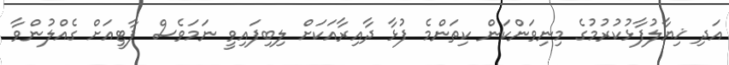
އަދި ޚިޔާލުފާޅުކުރުމުގެ މިނިވަންކަން ކިތަންމެ ފުޅާ ދާއިރާއަކަށް ލިބިފައިވީ ނަމަވެސް ޕާޓީއަށް ގެއްލުންވާ